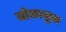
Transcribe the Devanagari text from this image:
बोकाळून